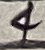
Text: 4